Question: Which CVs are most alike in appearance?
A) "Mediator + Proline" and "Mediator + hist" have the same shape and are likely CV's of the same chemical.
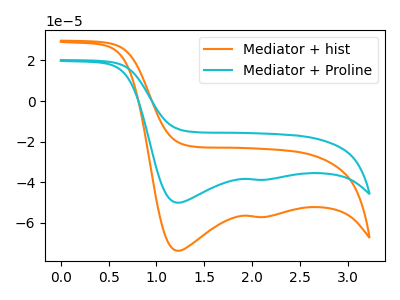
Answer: <think>The orange curve "Mediator + hist" has cathodic peaks at (1.20V, -73.70uA) (2.15V, -57.10uA). The cyan curve "Mediator + Proline" has cathodic peaks at (1.20V, -50.05uA) (2.15V, -38.75uA).
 All the peaks in "Mediator + hist" have a peak in "Mediator + Proline" at the same potential. Every peak in "Mediator + hist" is higher than every peak in "Mediator + Proline".</think>
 <answer>A) "Mediator + Proline" and "Mediator + hist" have the same shape and are likely CV's of the same chemical.</answer>
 <eval>A</eval>